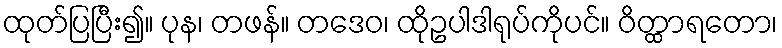
ထုတ်ပြပြီး၍။ ပုန၊ တဖန်။ တဒေဝ၊ ထိုဥပါဒါရုပ်ကိုပင်။ ဝိတ္ထာရတော၊